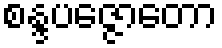
စန္ဒပဇ္ဇောတော